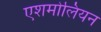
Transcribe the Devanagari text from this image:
एशमोलियन